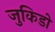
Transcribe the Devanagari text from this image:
जुकिडो